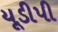
યૂડીપી